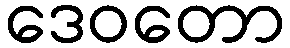
ဒေဝတော